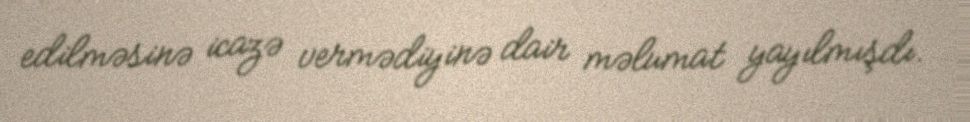
edilməsinə icazə vermədiyinə dair məlumat yayılmışdı.